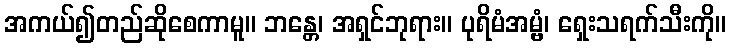
အကယ်၍တည်ဆိုစေကာမူ။ ဘန္တေ၊ အရှင်ဘုရား။ ပုရိမံအမ္ဗံ၊ ရှေးသရက်သီးကို။